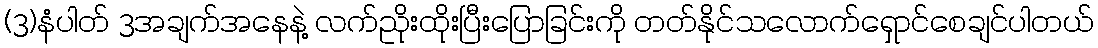
(3)နံပါတ် 3အချက်အနေနဲ့ လက်ညိုးထိုးပြီးပြောခြင်းကို တတ်နိုင်သလောက်ရှောင်စေချင်ပါတယ်